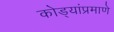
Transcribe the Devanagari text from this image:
कोड्यांप्रमाणे